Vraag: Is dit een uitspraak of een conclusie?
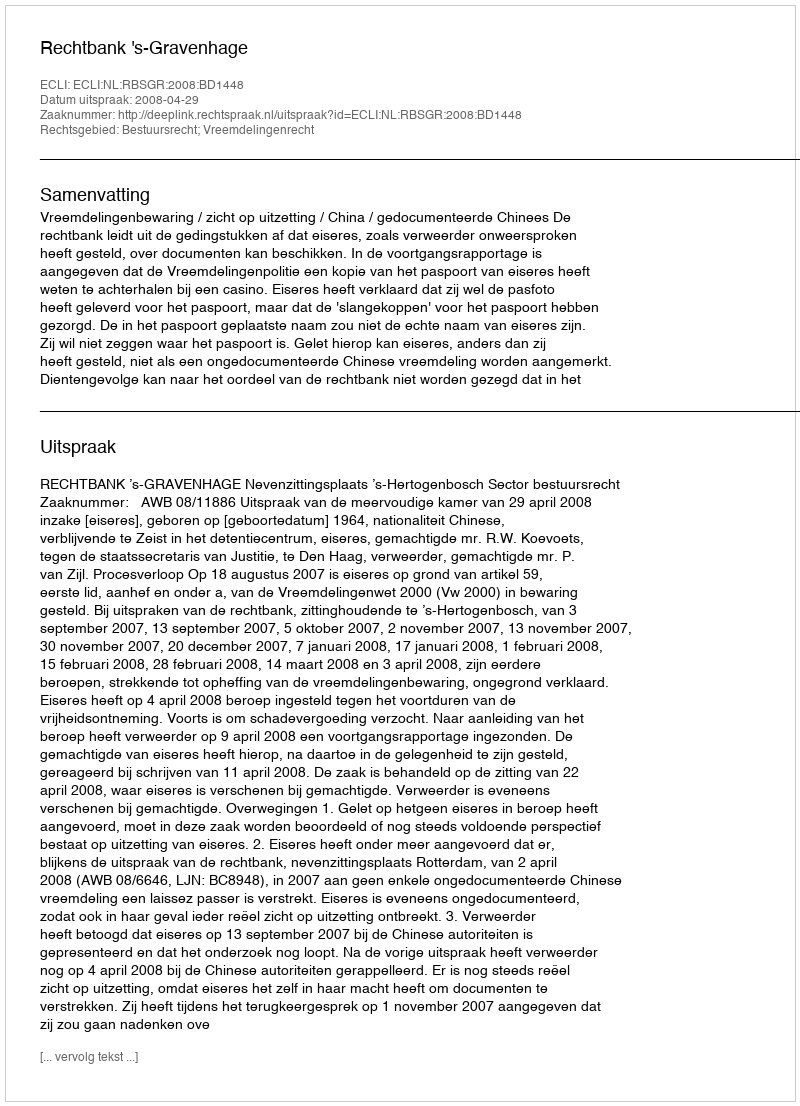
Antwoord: Uitspraak